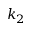
k _ { 2 }